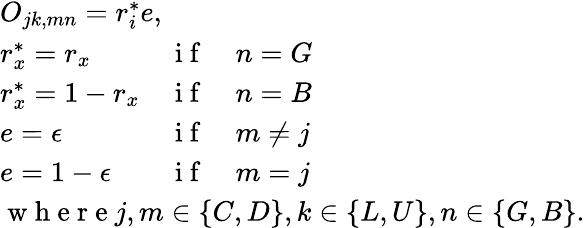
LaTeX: \begin{array}{l}{O_{jk,mn}=r_{i}^{*}e,}\\ {\begin{array}{lll}{r_{x}^{*}=r_{x}}&{\mathrm{~i~f~}}&{n=G}\\ {r_{x}^{*}=1-r_{x}}&{\mathrm{~i~f~}}&{n=B}\\ {e=\epsilon}&{\mathrm{~i~f~}}&{m\neq j}\\ {e=1-\epsilon}&{\mathrm{~i~f~}}&{m=j}\end{array}}\\ {\mathrm{~w~h~e~r~e~}j,m\in\{ C,D\} ,k\in\{ L,U\} ,n\in\{ G,B\} .}\end{array}